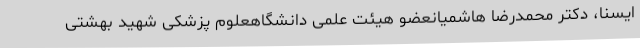
ایسنا، دکتر محمدرضا هاشمیانعضو هیئت علمی دانشگاهعلوم پزشکی شهید بهشتی